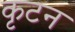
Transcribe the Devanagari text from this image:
कृटन